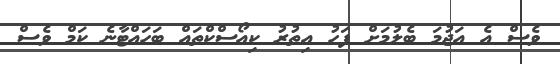
ވެސް އެ އަޖުމަ ބެލުމަށް ފަހު އިތުރު ކިއޯސްކްތައް ބަހައްޓާނެ ކަމް ވެސް